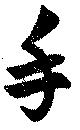
手